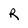
Character: R